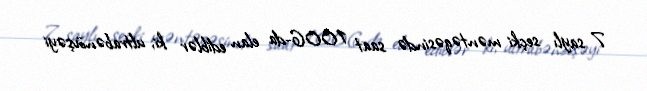
7 saylı seçki məntəqəsində saat 1006-da elan ediblər ki, ultrabənövşəyi